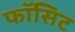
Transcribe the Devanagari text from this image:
फॉसिट